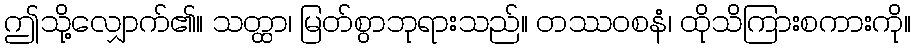
ဤသို့လျှောက်၏။ သတ္ထာ၊ မြတ်စွာဘုရားသည်။ တဿဝစနံ၊ ထိုသိကြားစကားကို။